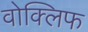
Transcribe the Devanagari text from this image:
वोक्लिफ